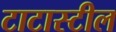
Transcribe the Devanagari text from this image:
टाटास्‍टील